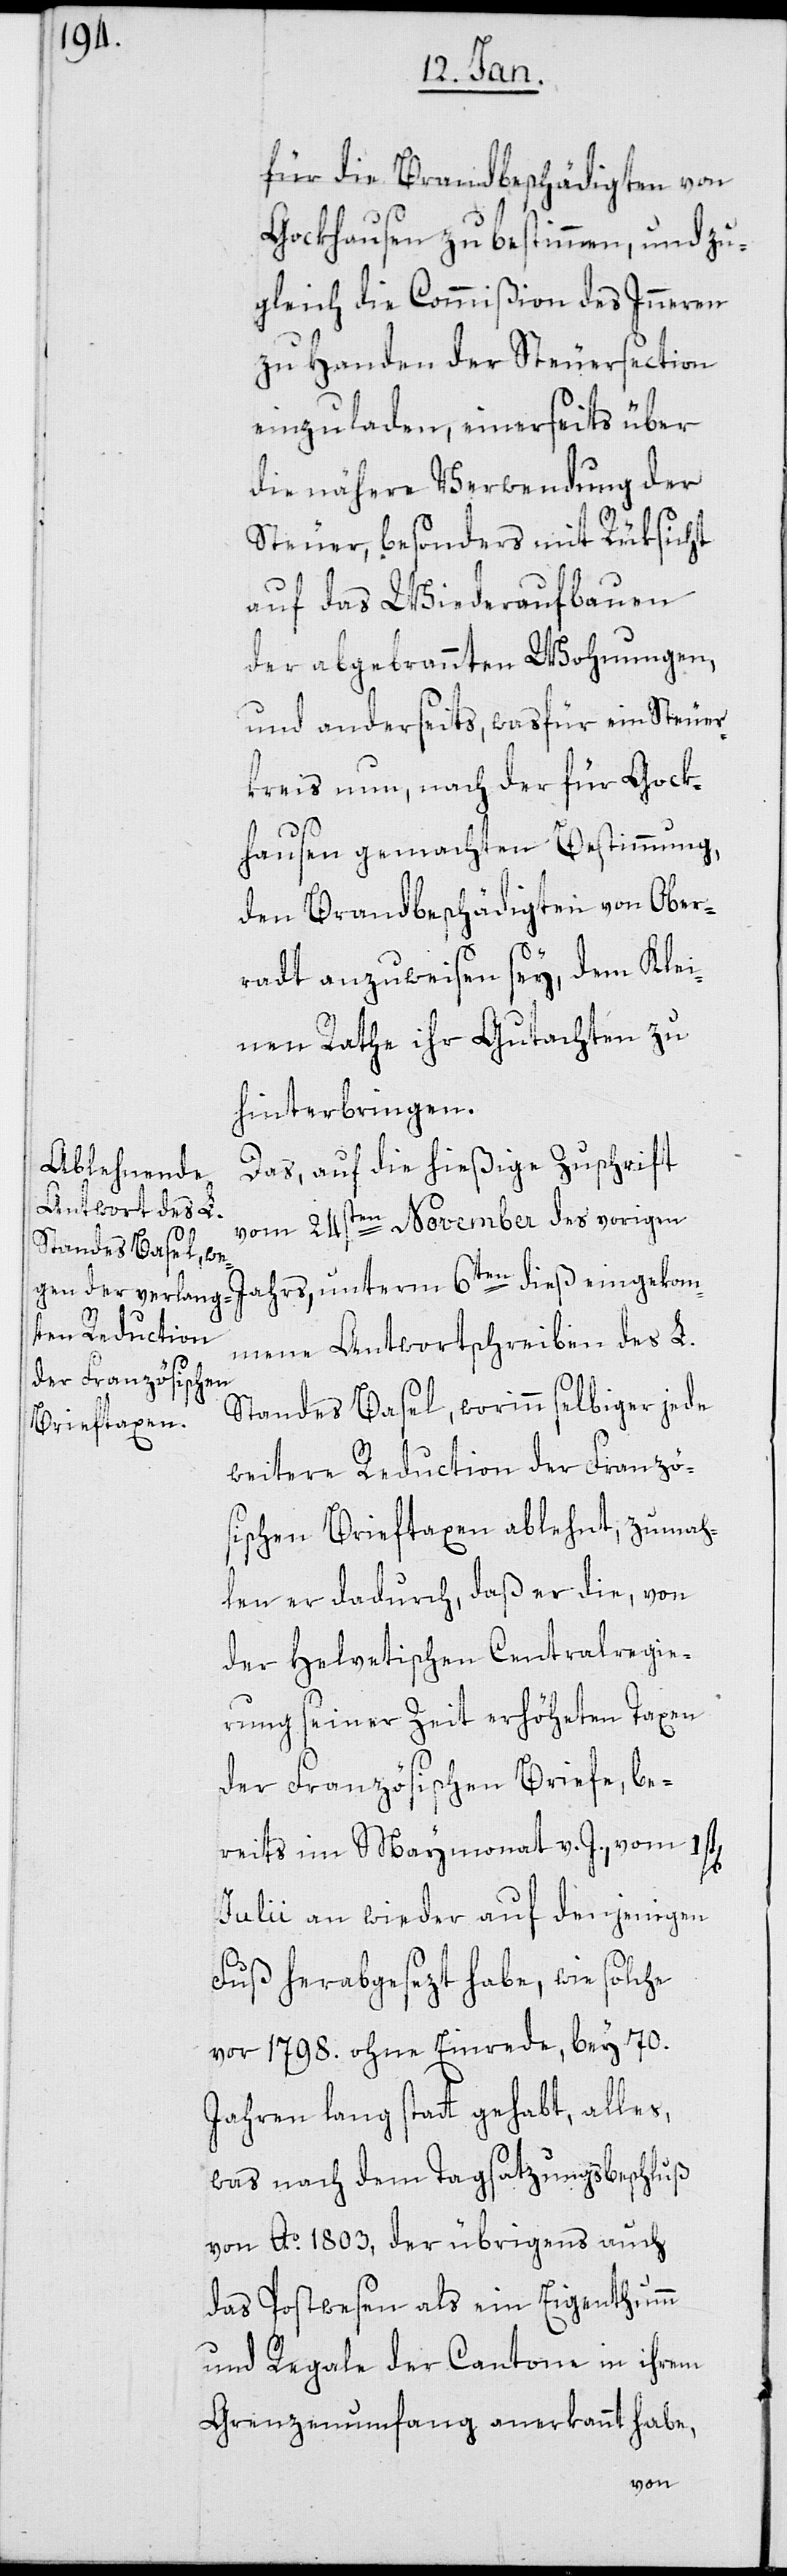
für die Brandbeschädigten von
Gockhausen zu bestimmen, und zu¬
gleich die Commißion des Inneren
zu Handen der Steuersection
einzuladen, einerseits über
die nähere Verwendung der
Steuer, besonders mit Rüksicht
auf das Wiederaufbauen
der abgebrannten Wohnungen,
und anderseits, was für ein Steuer¬
kreis nun, nach der für Gock¬
hausen gemachten Bestimmung,
den Brandbeschädigten von Ober¬
radt anzuweisen sey, dem Klei¬
nen Rathe ihr Gutachten zu
hinterbringen.
Das, auf die hießige Zuschrift
vom 24sten November des vorigen
Jahrs, unterm 6ten dieß eingekom¬
mene Antwortschreiben des L.
Standes Basel, worinn selbiger jede
weitere Reduction der Franzö¬
sischen Brieftaxen ablehnt, zumah¬
len er dadurch, daß er die, von
der Helvetischen Centralregie¬
rung seiner Zeit erhöheten Taxen
der Französischen Briefe, be¬
reits im Maymonat v. J. vom 1st[en]
Julii an wieder auf denjenigen
Fuß herabgesezt habe, wie solche
vor 1798. ohne Einrede, bey 70.
Jahren lang stattgehabt, alles,
was nach dem Tagsatzungsbeschluß
von Ao 1803, der übrigens auch
das Postwesen als ein Eigenthum
und Regale der Cantone in ihrem
Grenzenumfang anerkannt habe,